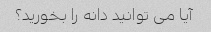
آیا می توانید دانه را بخورید؟